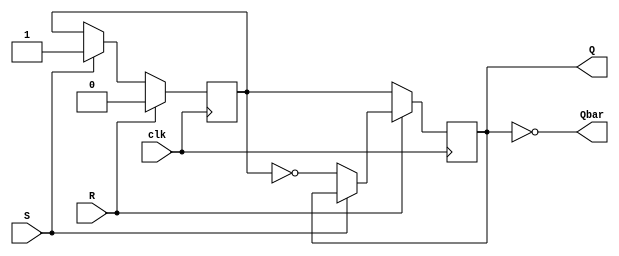
module sr_flip_flop (
  input S, // Set input
  input R, // Reset input
  input clk, // Clock input
  output reg Q, // Output state
  output reg Qbar // Complement of output state
);

reg master_latch, slave_latch; // Latches for master and slave

always @(posedge clk) begin
  // Master latch
  if (R) begin
    master_latch <= 0;
  end else if (S) begin
    master_latch <= 1;
  end
  
  // Slave latch
  if (~R) begin
    slave_latch <= master_latch;
  end else if (~S) begin
    slave_latch <= ~master_latch;
  end
end

assign Q = slave_latch;
assign Qbar = ~slave_latch;

endmodule